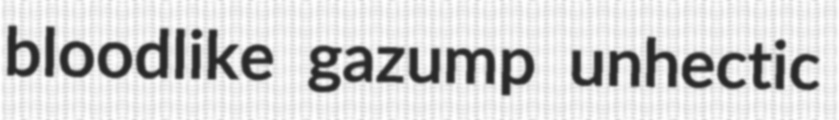
bloodlike gazump unhectic